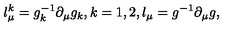
l _ { \mu } ^ { k } = g _ { k } ^ { - 1 } \partial _ { \mu } g _ { k } , k = 1 , 2 , l _ { \mu } = g ^ { - 1 } \partial _ { \mu } g ,